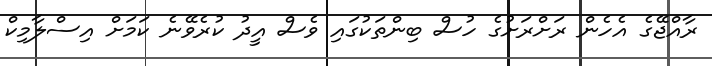
ރާއްޖޭގެ އެހެން ރަށްރަށުގެ ހުސް ބިންތަކުގައި ވެސް އީދު ކުރެވޭނެ ކަމަށް އިސްލާމިކް